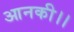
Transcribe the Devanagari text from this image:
आनकी।।